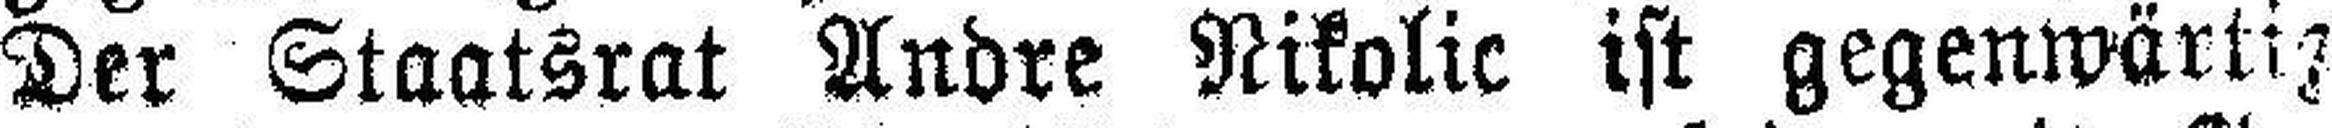
Der Staatsrat Andre Nikolic ist gegenwärtig